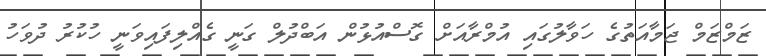
ޒަމްޒަމް ޖަމާއަތުގެ ހަވާލުގައި އުމްރާއަށް ގޮސްއުޅުން އަބްދުލް ގަނީ ގެއްލިފައިވަނީ ހުކުރު ދުވަހު